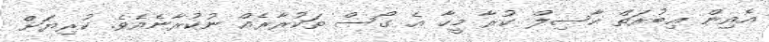
އެއިން ޢިިބުރަތް ހާސިލް ކުރާ މީހާ އެ ގޯސް ތަކުރާރެއް ނުކުރާނެއެވެ. ކުރިޔަށް